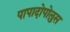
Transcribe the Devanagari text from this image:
पापादोपोलुस